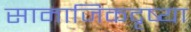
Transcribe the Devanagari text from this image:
सामाजिकदृष्या